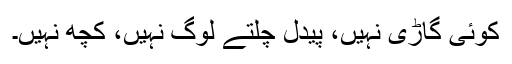
کوئی گاڑی نہیں، پیدل چلتے لوگ نہیں، کچھ نہیں۔